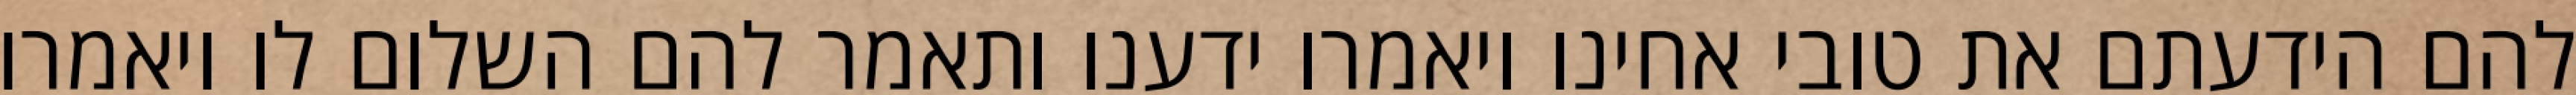
להם הידעתם את טובי אחינו ויאמרו ידענו ותאמר להם השלום לו ויאמרו